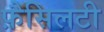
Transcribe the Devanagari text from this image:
फ़ैसिलटी